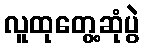
လူထုတွေ့ဆုံပွဲ